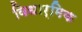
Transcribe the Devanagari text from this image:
विधार्मिक